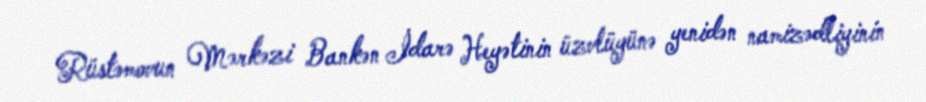
Rüstəmovun Mərkəzi Bankən İdarə Heyətinin üzvlüyünə yenidən namizədliyinin